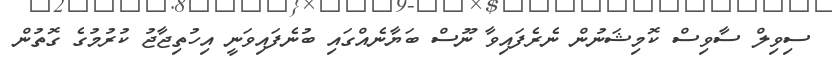
ސިވިލް ސާވިސް ކޮމިޝަނުން ނެރެފައިވާ ނޫސް ބަޔާނެއްގައި ބުނެފައިވަނީ އިހުތިޖާޖު ކުރުމުގެ ގޮތުން